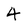
Character: 4